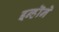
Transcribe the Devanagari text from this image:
इन्हॊने